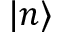
| n \rangle